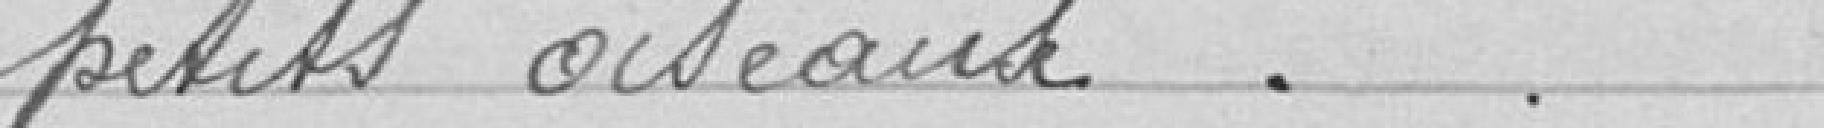
petits oiseaux.